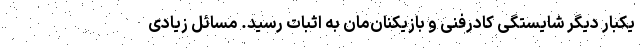
یکبار دیگر شایستگی کادرفنی و بازیکنان‌مان به اثبات رسید. مسائل زیادی